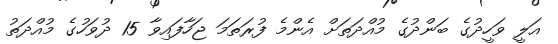
އަލީ ވަހީދުގެ ބަންދުގެ މުއްދަތަށް އެންމެ ފުރަތަމަ ޖަހާފައިވާ 15 ދުވަހުގެ މުއްދަތު